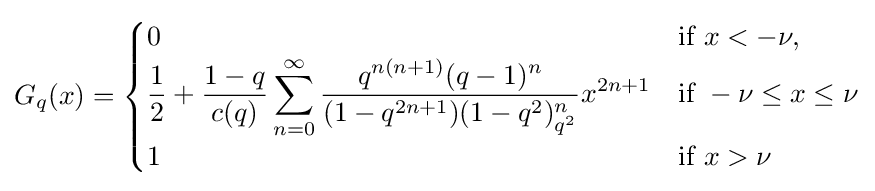
G_{q}(x)={\begin{cases}0&{\text{if }}x<-\nu ,\\\displaystyle {\frac {1}{2}}+{\frac {1-q}{c(q)}}\sum _{n=0}^{\infty }{\frac {q^{n(n+1)}(q-1)^{n}}{(1-q^{2n+1})(1-q^{2})_{q^{2}}^{n}}}x^{2n+1}&{\text{if }}-\nu \leq x\leq \nu \\1&{\text{if}}\ x>\nu \end{cases}}